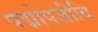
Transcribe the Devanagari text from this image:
पद्मोपजीवि